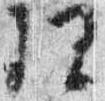
理